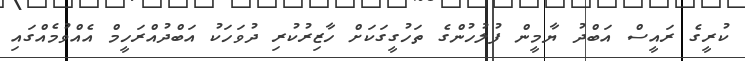
ކުރީގެ ރައީސް އަބްދު ޔާމީން ފުލުހުންގެ ތަހުގީގަކަށް ހާޒިރުކުރި ދުވަހަކު އަބްދުއްރަހީމް އެއްވުމެއްގައި